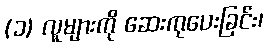
(၁) လူများကို ဆေးကုပေးခြင်း၊